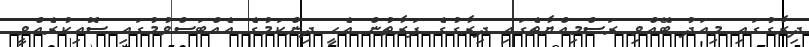
ދިރާގުގައި މިއަދު ބޭއްވި ރަސްމިއްޔާތެގައި ދިރާގުގެ ފަރާތުން އެހީ ދިންކަމުގެ އެއްބަސްވުމުގައި ސޮއިކުރެއްވީ